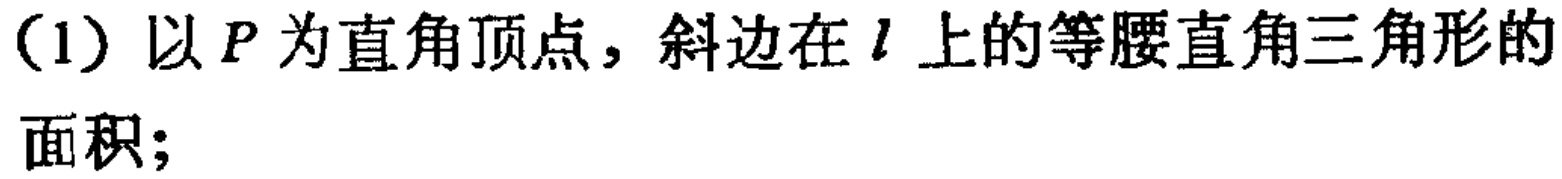
(1) 以 \(P\) 为直角顶点，斜边在 \(l\) 上的等腰直角三角形的面积；